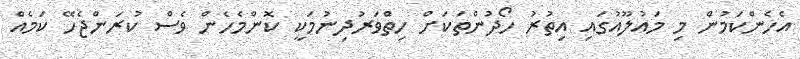
އެހެންކަމުން މި މައުލޫއުގައި އިތުރު ހޯދުންތަކަށް ހިތްވަރުދިނުމަކީ ކޮންމެހެން ވެސް ކުރަންޖެހޭ ކަމެއް